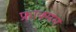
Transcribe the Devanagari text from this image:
फ्राक्सन